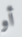
أو